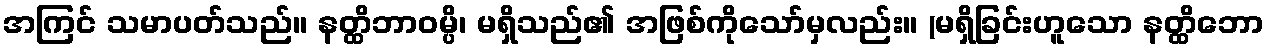
အကြင် သမာပတ်သည်။ နတ္ထိဘာဝမ္ပိ၊ မရှိသည်၏ အဖြစ်ကိုသော်မှလည်း။ (မရှိခြင်းဟူသော နတ္ထိဘော